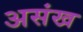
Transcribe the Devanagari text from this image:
असंख